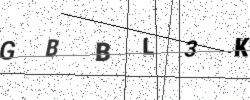
Text: GBBL3K